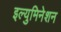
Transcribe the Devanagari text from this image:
इल्युमिनेशन